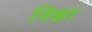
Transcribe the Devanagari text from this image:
विझा